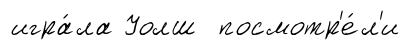
игра́ла Уолш посмотр'е́л'и